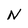
Character: N